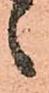
之